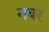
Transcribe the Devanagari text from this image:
नबर